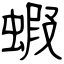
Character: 蝦